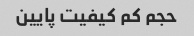
حجم کم کیفیت پایین